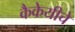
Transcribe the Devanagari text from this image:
कैकेयीचे